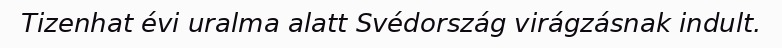
Tizenhat évi uralma alatt Svédország virágzásnak indult.